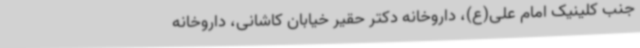
جنب کلینیک امام علی(ع)، داروخانه دکتر حقیر خیابان کاشانی، داروخانه